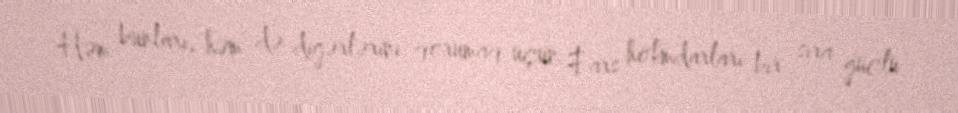
Həm bunları, həm də digərlərini qorumaq üçün Fars hökmdarları bir sıra güclü